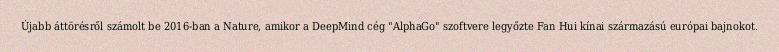
Újabb áttörésről számolt be 2016-ban a Nature, amikor a DeepMind cég "AlphaGo" szoftvere legyőzte Fan Hui kínai származású európai bajnokot.